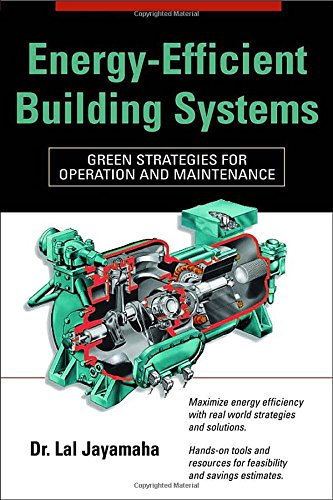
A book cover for Energy-Efficient Building Systems: Green Strategies for Operation and Maintenance; Lal Jayamaha; Crafts, Hobbies & Home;